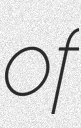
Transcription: of